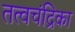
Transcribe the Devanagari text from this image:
तत्वचंद्रिका